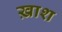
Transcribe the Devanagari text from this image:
ख़ाश